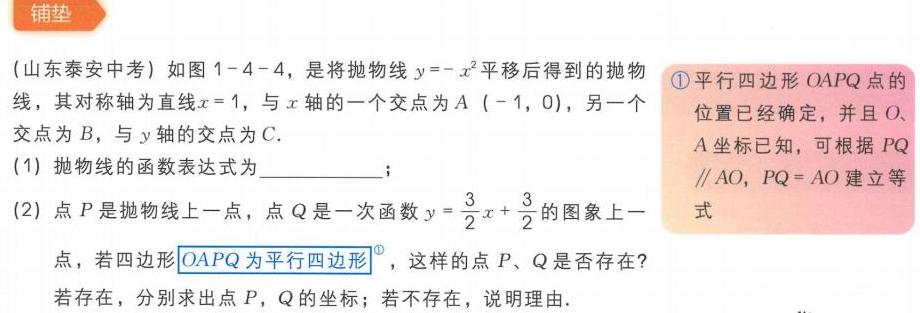
（铺垫）（山东泰安中考）如图1 - 4 - 4，是将抛物线\(y = -x^{2}\)平移后得到的抛物线，其对称轴为直线\(x = 1\)，与\(x\)轴的一个交点为\(A(-1,0)\)，另一个交点为\(B\)，与\(y\)轴的交点为\(C\).
(1)抛物线的函数表达式为__________；
(2)点\(P\)是抛物线上一点，点\(Q\)是一次函数\(y=\frac{3}{2}x + \frac{3}{2}\)的图象上一点，若四边形\(OAPQ\)为平行四边形，这样的点\(P\)、\(Q\)是否存在？若存在，分别求出点\(P\)，\(Q\)的坐标；若不存在，说明理由.
\textcircled{1}平行四边形\(OAPQ\)点的位置已经确定，并且\(O\)、\(A\)坐标已知，可根据\(PQ\parallel AO\)，\(PQ = AO\)建立等式